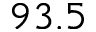
9 3 . 5